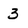
Character: 3